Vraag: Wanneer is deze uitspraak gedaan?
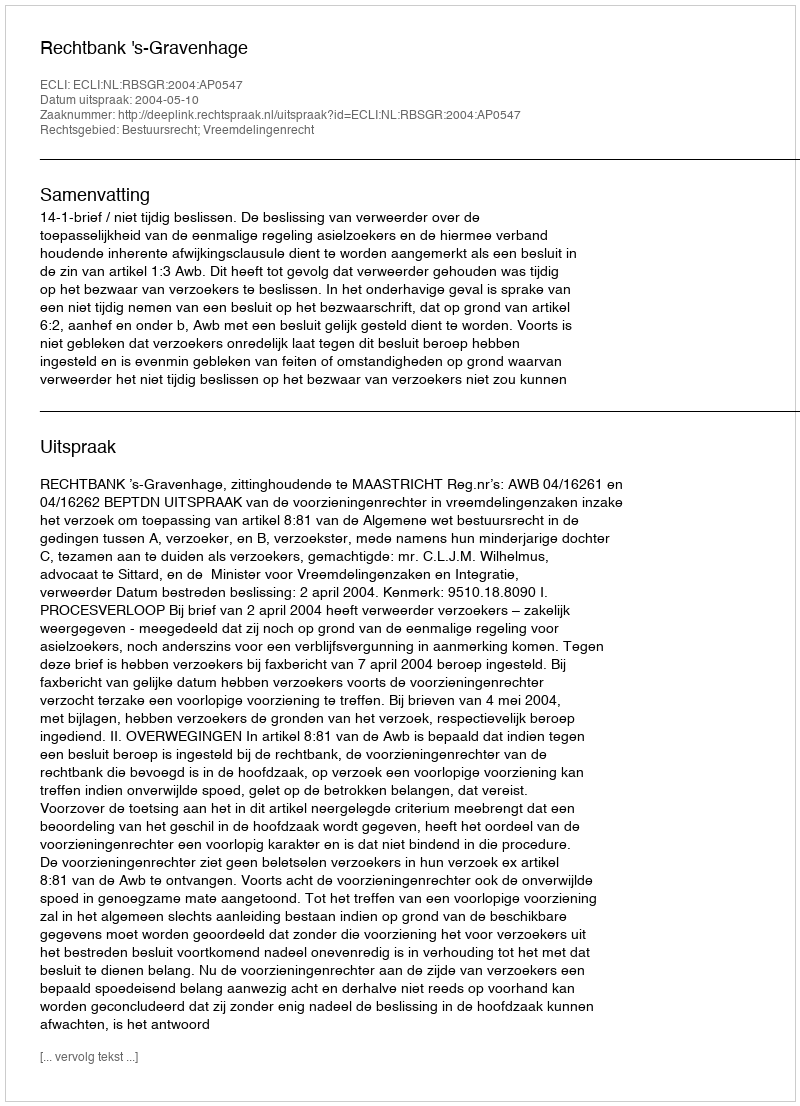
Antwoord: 2004-05-10